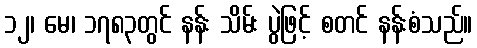
၁၂၊ မေ၊ ၁၇၈၃တွင် နန်း သိမ်း ပွဲဖြင့် စတင် နန်းစံသည်။